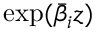
\exp ( { \bar { \beta } } _ { i } z )